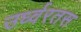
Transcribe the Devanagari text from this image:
उर्ध्वरतस